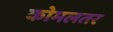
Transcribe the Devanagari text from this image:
कोमलतर